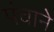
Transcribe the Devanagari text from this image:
पंचाने